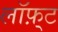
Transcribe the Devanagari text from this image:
लॉफ़्ट